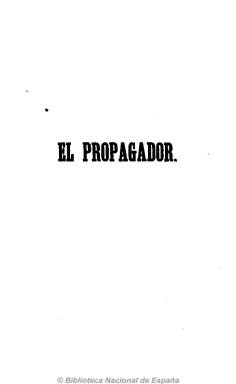
Título: El Propagador (Madrid)
Colección: Homeopatía || Periódicos
Ámbito geográfico: Madrid
Lugar de publicación: Madrid
Fechas: 01/01/1850-15/12/1850

Periódico órgano del Instituto Homeopático Español, de periodicidad quincenal en números de 24 páginas, que comienza a editarse en enero de 1850 para la difusión y propaganda de la medicina homeopática entre los profesionales españoles. Entre sus redactores se encuentran los doctores Pío Hernández y Espeso, secretario de la junta de gobierno del citado instituto, así como Joaquín Hysein, Victoriano Torrecilla, Robustiano Torres Villanueva y Andrés Merino y Torija, entre otros. Inicia cada número con un artículo doctrinal, y le siguen otras secciones, como la crítico-filosófica y la de clínica y práctica homeopática, una revista de prensa extranjera y otra española, la de variedades y otra oficial, en donde da cuenta del movimiento de altas de socios y los acuerdos de la junta de gobierno del citado instituto. Ofrece traducciones de artículos de revistas europeas y noticias sobre la Sociedad Médica General de Socorros Médicos, así como de las sociedades homeopáticas extranjeras. Al final del tomo, incluye un índice. Siguió publicándose en 1851.